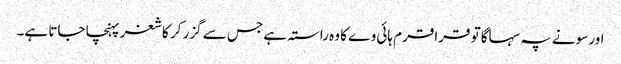
اور سونے پہ سہاگا تو قراقرم ہائی وے کا وہ راستہ ہے جس سے گزر کر کاشغر پہنچا جاتا ہے۔